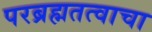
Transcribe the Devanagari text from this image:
परब्रह्मतत्वाचा